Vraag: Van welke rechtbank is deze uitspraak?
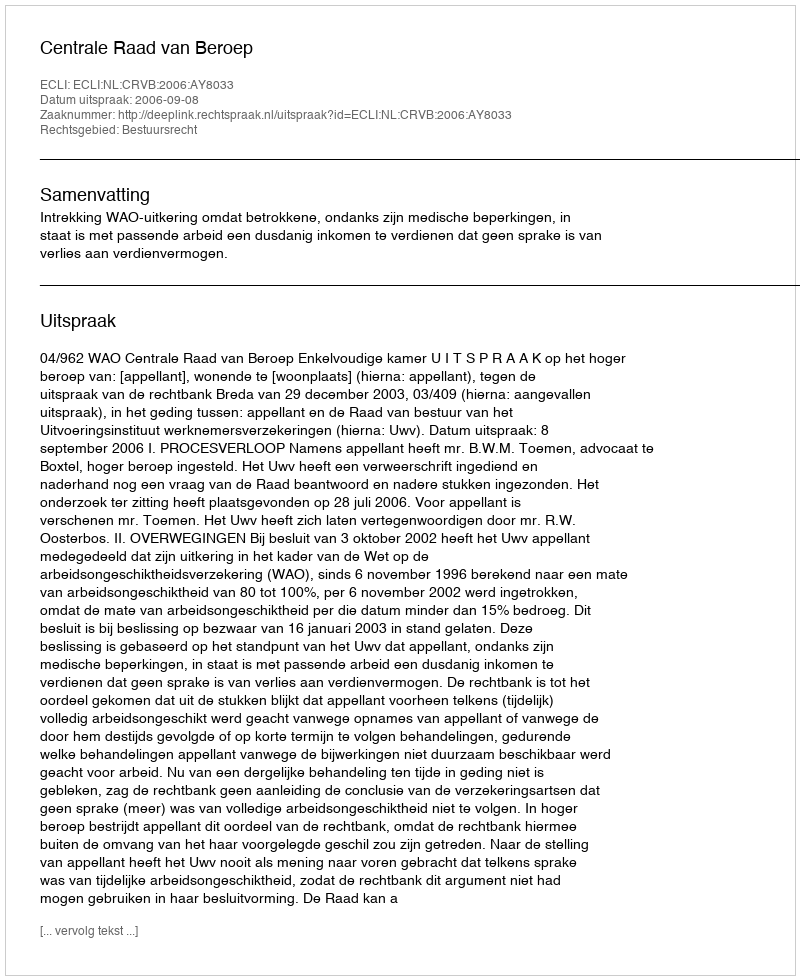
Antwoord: Centrale Raad van Beroep